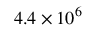
4 . 4 \times 1 0 ^ { 6 }